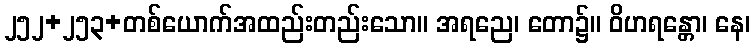
၂၅၂+၂၅၃+တစ်ယောက်အထည်းတည်းသော။ အရညေ၊ တော၌။ ဝိဟရန္တော၊ နေ၊